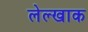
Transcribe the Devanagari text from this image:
लेल्खाक